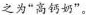
之为“高钙奶”。